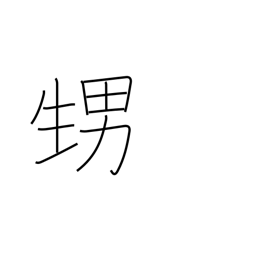
Meaning: nephew